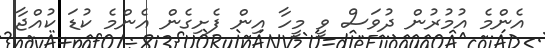
އެންމެ އުމުރުން ދުވަސް ވީ މީހާ އިން ފެށިގެން އެންމެ ކުޑަ ކުއްޖާ